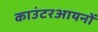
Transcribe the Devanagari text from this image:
काउंटरआयनों